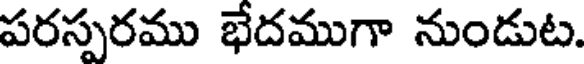
పరస్పరము భేదముగా నుండుట.